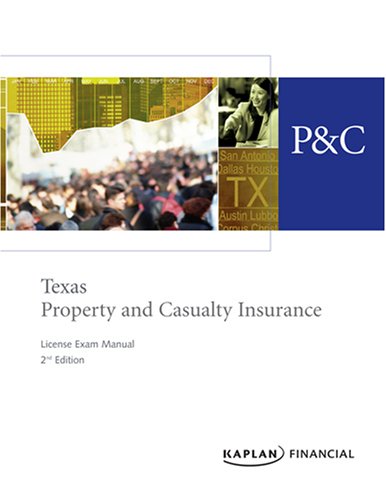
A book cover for Texas Property & Casualty Insurance License Exam Manual, 2nd Edition; Kaplan Financial; Business & Money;